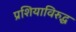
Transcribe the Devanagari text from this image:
प्रशियाविरुद्ध